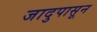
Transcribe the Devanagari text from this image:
जादुपासून